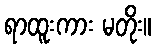
ရာထူးကား မတိုး။